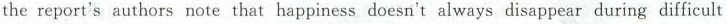
the report's authors note that happiness doesn't always disappear during difficult